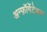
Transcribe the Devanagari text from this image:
अन्फ़ॉर्गेटेबल